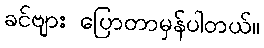
ခင်ဗျား ပြောတာမှန်ပါတယ်။